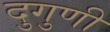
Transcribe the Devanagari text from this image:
दुगुणी